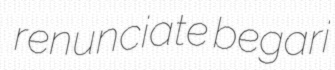
renunciate begari